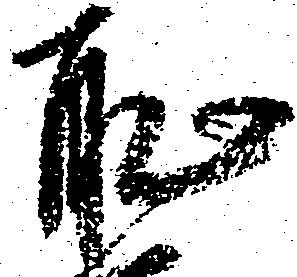
恥